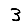
Digit: 3